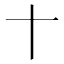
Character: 𬂛